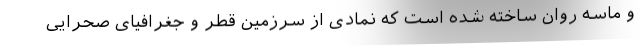
و ماسه روان ساخته شده است که نمادی از سرزمین قطر و جغرافیای صحرایی